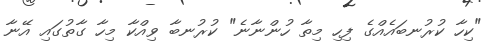
"ކިހާ ކުރުނބައެއްގެ ފިހި މިތާ ހުންނާނެ" ކުރުނބާ ވިއްކާ މިހާ ގާތުގައި އޭނާ